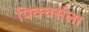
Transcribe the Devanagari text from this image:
पिक्चर्सला